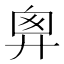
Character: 𢍍